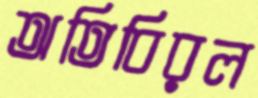
অতিবিরল